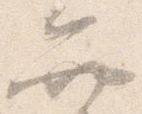
弁